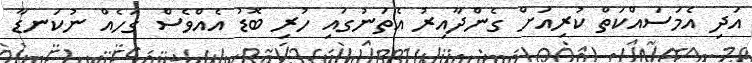
އަދި އެމަސައްކަތް ކުރިއަށް ގެންދާއިރު އެތަނުގައި ހުރި ބޮޑު އެއްވެސް ގަހެއް ނުކަނޑާ